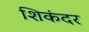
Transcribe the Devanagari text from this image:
शिकंदर